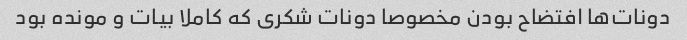
دونات‌ها افتضاح بودن مخصوصا دونات شکری که کاملا بیات و مونده بود